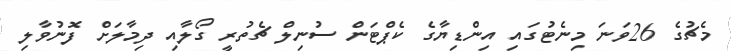
މެޗުގެ 26ވަނަ މިނެޓުގައި އިންޑިޔާގެ ކެޕްޓަން ސުނިލް ޗެތުރީ ގޯލާއި ދިމާލަށް ފޮނުވާލި